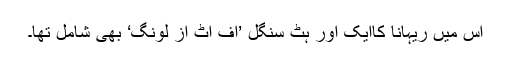
اس میں ریہانا کاایک اور ہٹ سنگل ’اِف اِٹ اِز لوِنگ‘ بھی شامل تھا۔